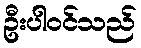
ဦးပါဝင်သည်